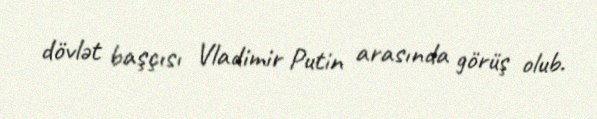
dövlət başçısı Vladimir Putin arasında görüş olub.